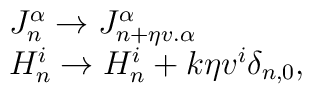
\begin{array}{lcr}J_{n}^{\alpha} \to J_{n+\eta v.{\alpha}}^{\alpha}\\H_{n}^i \to H_{n}^i + k\eta v^{i}\delta_{n,0},  \end{array}